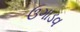
ઉગાડવ